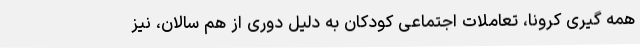
همه گیری کرونا، تعاملات اجتماعی کودکان به دلیل دوری از هم سالان، نیز